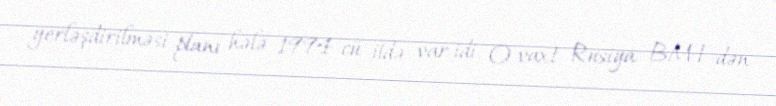
yerləşdirilməsi planı hələ 1994-cü ildə var idi. O vaxt Rusiya BMT-dən